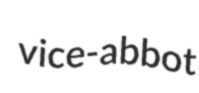
vice-abbot